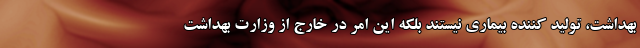
بهداشت، تولید کننده بیماری نیستند بلکه این امر در خارج از وزارت بهداشت